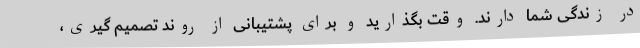
در زندگی شما دارند. وقت بگذارید و برای پشتیبانی از روند تصمیم گیری،